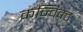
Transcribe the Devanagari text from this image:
कन्विक्ट